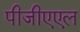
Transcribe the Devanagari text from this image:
पीजीएएल